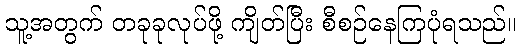
သူ့အတွက် တခုခုလုပ်ဖို့ ကျိတ်ပြီး စီစဉ်နေကြပုံရသည်။